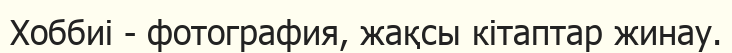
Хоббиі - фотография, жақсы кітаптар жинау.